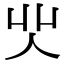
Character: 𠇿